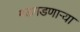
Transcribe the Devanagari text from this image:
गडगडणाऱ्या